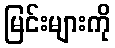
မြင်းများကို